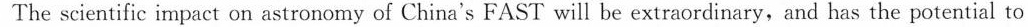
The scientific impact on astronomy of China's FAST will be extraordinary,and has the potential to